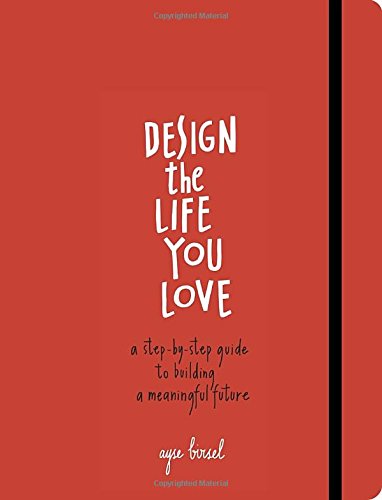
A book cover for Design the Life You Love: A Step-by-Step Guide to Building a Meaningful Future; Ayse Birsel; Self-Help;